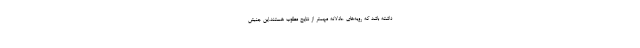
داشته باشد که رویه‌های عادلانه مهمتر از نتایج مطلوب هستند.این جنبش